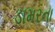
ડામરના